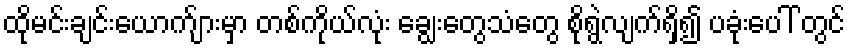
ထိုမင်းချင်းယောက်ျားမှာ တစ်ကိုယ်လုံး ချွေးတွေသံတွေ စိုရွဲလျက်ရှိ၍ ပခုံးပေါ် တွင်